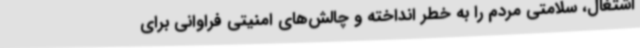
اشتغال، سلامتی مردم را به خطر انداخته و چالش‌های امنیتی فراوانی برای